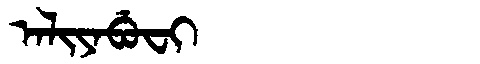
Manchu: ᠠᠯᡳᠶᠠᠪᡠᠸᡳ
Romanization: ALIYABUFI